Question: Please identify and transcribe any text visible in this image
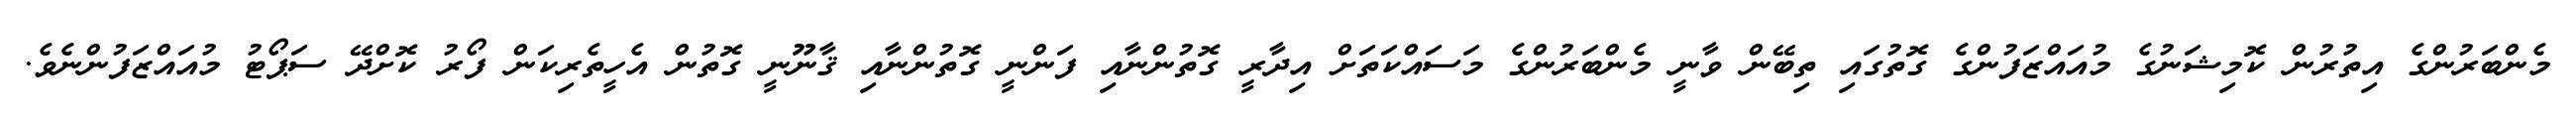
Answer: މެންބަރުންގެ އިތުރުން ކޮމިޝަނުގެ މުއައްޒަފުންގެ ގޮތުގައި ތިބޭން ވާނީ މެންބަރުންގެ މަސައްކަތަށް އިދާރީ ގޮތުންނާއި ފަންނީ ގޮތުންނާއި ޤާނޫނީ ގޮތުން އެހީތެރިކަން ފޯރު ކޮށްދޭ ސަޕޯޓު މުއައްޒަފުންނެވެ.